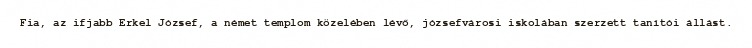
Fia, az ifjabb Erkel József, a német templom közelében lévő, józsefvárosi iskolában szerzett tanítói állást.